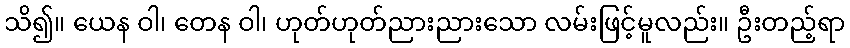
သိ၍။ ယေန ဝါ၊ တေန ဝါ၊ ဟုတ်ဟုတ်ညားညားသော လမ်းဖြင့်မူလည်း။ ဦးတည့်ရာ